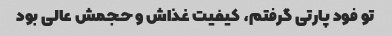
تو فود پارتی گرفتم، کیفیت غذاش و حجمش عالی بود